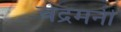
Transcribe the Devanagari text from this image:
चंद्रमनी